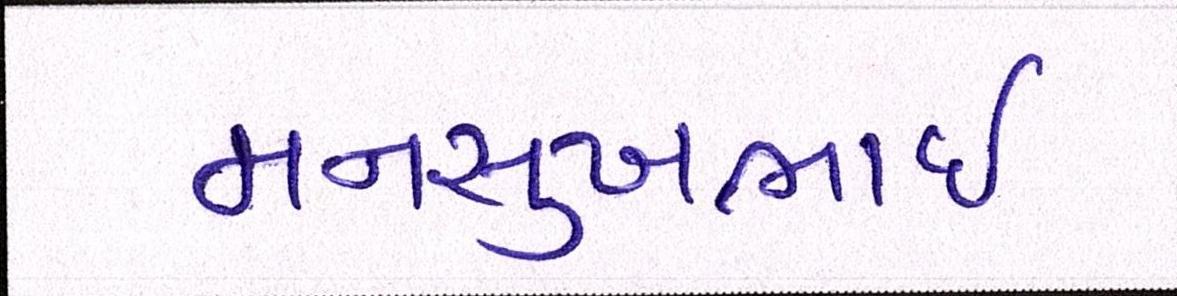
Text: મનસુખભાઈ